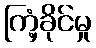
ကြံ့ခိုင်မှု